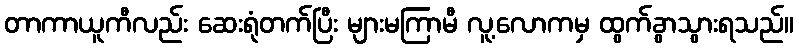
တာကာယူကီလည်း ဆေးရုံတက်ပြီး များမကြာမီ လူ့လောကမှ ထွက်ခွာသွားရသည်။